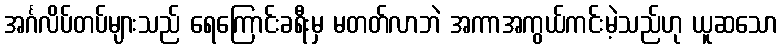
အင်္ဂလိပ်တပ်များသည် ရေကြောင်းခရီးမှ မတတ်လာဘဲ အကာအကွယ်ကင်းမဲ့သည်ဟု ယူဆသော